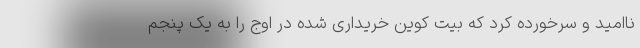
ناامید و سرخورده کرد که بیت کوین خریداری شده در اوج را به یک پنجم